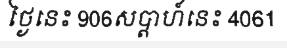
ថ្ងៃនេះ 906សប្តាហ៍នេះ 4061